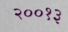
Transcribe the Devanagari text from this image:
२००१३